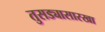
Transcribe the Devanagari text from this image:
तुसड्यासारखा